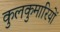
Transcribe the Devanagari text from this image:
कुलकुमारियों